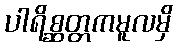
ပါရိစ္ဆတ္တကမူလမှိ